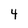
Character: 4